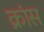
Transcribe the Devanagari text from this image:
क्रांस